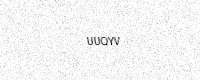
Text: UUQYV